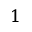
1